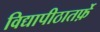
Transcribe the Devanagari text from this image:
विद्यापीठातर्फ़े